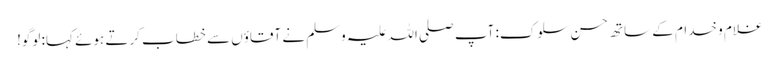
غلام و خدام کے ساتھ حسن سلوک: آپ صلی اللہ علیہ وسلم نے آقاؤں سے خطاب کرتے ہوئے کہا: لوگو!